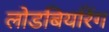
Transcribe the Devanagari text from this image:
लोडबियरिंग